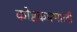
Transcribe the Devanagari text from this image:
कोष्टकप्रणाली